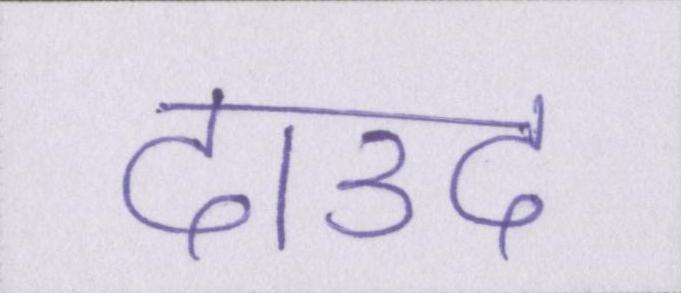
दाउद